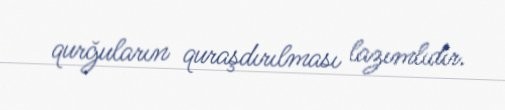
qurğuların quraşdırılması lazımlıdır.